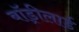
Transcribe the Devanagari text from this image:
बॉड्रीलार्ड